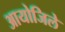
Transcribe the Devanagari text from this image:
आयोजिले